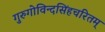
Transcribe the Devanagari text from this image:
गुरुगोविन्दसिंहचरितम्